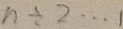
n \div 2 \cdots 1